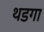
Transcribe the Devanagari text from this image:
थडगा